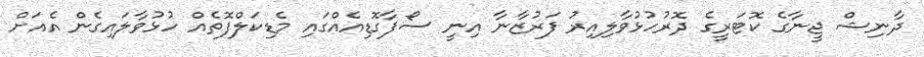
ދާނިޝް ޖީނާގެ ކޮޓަރީގެ ދޮރުހުޅުވާލިއިރު ފަރުޒާނާ އިނީ ސޯފާގޮޑިއެއްގައި މެޑިކަލްފޮތެއް ހުޅުވާލައިގެން އެއަށް